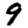
Digit: 9